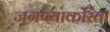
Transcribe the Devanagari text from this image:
जगण्याकरिता